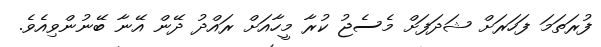
ފުރަތަމަ ފަހަރަށް ޝަދަފަށް މެސެޖު ކުރާ މީހާއަށް ރައްދު ދޭން އޭނާ ބޭނުންވިއެވެ.